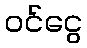
ဝင်ငွေ